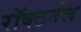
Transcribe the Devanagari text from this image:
रॉक्टर्नल